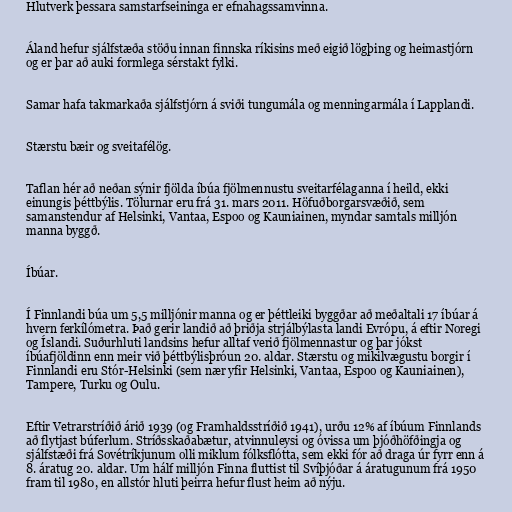
Hlutverk þessara samstarfseininga er efnahagssamvinna.

Áland hefur sjálfstæða stöðu innan finnska ríkisins með eigið lögþing og heimastjórn
og er þar að auki formlega sérstakt fylki.

Samar hafa takmarkaða sjálfstjórn á sviði tungumála og menningarmála í Lapplandi.

Stærstu bæir og sveitafélög.

Taflan hér að neðan sýnir fjölda íbúa fjölmennustu sveitarfélaganna í heild, ekki
einungis þéttbýlis. Tölurnar eru frá 31. mars 2011. Höfuðborgarsvæðið, sem
samanstendur af Helsinki, Vantaa, Espoo og Kauniainen, myndar samtals milljón
manna byggð.

Íbúar.

Í Finnlandi búa um 5,5 milljónir manna og er þéttleiki byggðar að meðaltali 17 íbúar á
hvern ferkílómetra. Það gerir landið að þriðja strjálbýlasta landi Evrópu, á eftir Noregi
og Íslandi. Suðurhluti landsins hefur alltaf verið fjölmennastur og þar jókst
íbúafjöldinn enn meir við þéttbýlisþróun 20. aldar. Stærstu og mikilvægustu borgir í
Finnlandi eru Stór-Helsinki (sem nær yfir Helsinki, Vantaa, Espoo og Kauniainen),
Tampere, Turku og Oulu.

Eftir Vetrarstríðið árið 1939 (og Framhaldsstríðið 1941), urðu 12% af íbúum Finnlands
að flytjast búferlum. Stríðsskaðabætur, atvinnuleysi og óvissa um þjóðhöfðingja og
sjálfstæði frá Sovétríkjunum olli miklum fólksflótta, sem ekki fór að draga úr fyrr enn á
8. áratug 20. aldar. Um hálf milljón Finna fluttist til Svíþjóðar á áratugunum frá 1950
fram til 1980, en allstór hluti þeirra hefur flust heim að nýju.